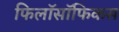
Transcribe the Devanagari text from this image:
फिलॉसॉफिकस